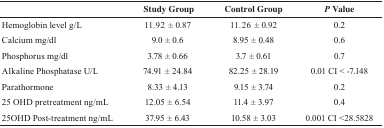
<table><thead><tr><td></td><td><b>Study Group</b></td><td><b>Control Group</b></td><td><b><i>P</i> Value</b></td></tr></thead><tbody><tr><td>Hemoglobin level g/L</td><td>11.92 ± 0.87</td><td>11.26 ± 0.92</td><td>0.2</td></tr><tr><td>Calcium mg/dl</td><td>9.0 ± 0.6</td><td>8.95 ± 0.48</td><td>0.6</td></tr><tr><td>Phosphorus mg/dl</td><td>3.78 ± 0.66</td><td>3.7 ± 0.61</td><td>0.7</td></tr><tr><td>Alkaline Phosphatase U/L</td><td>74.91 ± 24.84</td><td>82.25 ± 28.19</td><td>0.01 CI &lt; -7.148</td></tr><tr><td>Parathormone</td><td>8.33 ± 4.13</td><td>9.15 ± 3.74</td><td>0.2</td></tr><tr><td>25 OHD pretreatment ng/mL</td><td>12.05 ± 6.54</td><td>11.4 ± 3.97</td><td>0.4</td></tr><tr><td>25OHD Post-treatment ng/mL</td><td>37.95 ± 6.43</td><td>10.58 ± 3.03</td><td>0.001 CI &lt;28.5828</td></tr></tbody></table>